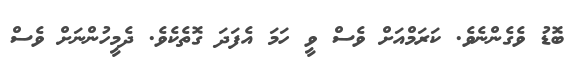
ބޮޑު ވެގެންނެވެ. ކަރަމްއަށް ވެސް ވީ ހަމަ އެފަދަ ގޮތެކެވެ. ދެމީހުންނަށް ވެސް